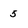
Character: 5